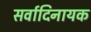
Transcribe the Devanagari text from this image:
सर्वादिनायक